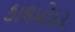
કાલમોદર